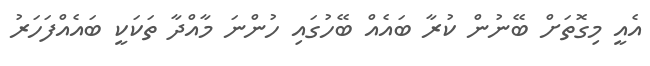
އެއީ މިގޮތަށް ބޭނުން ކުރާ ބައެއް ބޭހުގައި ހުންނަ މާއްދާ ތަކަކީ ބައެއްފަހަރު